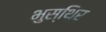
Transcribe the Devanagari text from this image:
भुस्थिर